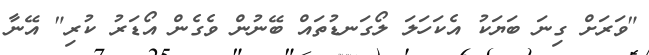
"ވަރަށް ގިނަ ބަޔަކު އެކަހަލަ ލޯގަނޑުތައް ބޭނުން ވެގެން އޯޑަރު ކުރި" އޭނާ